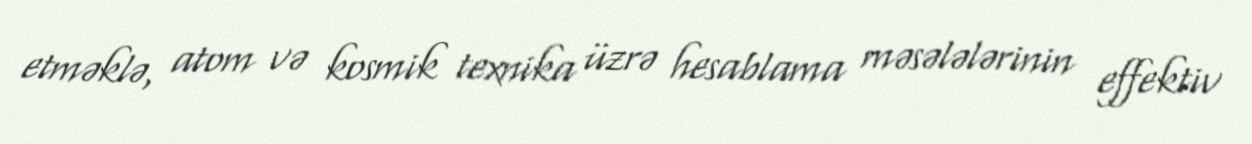
etməklə, atom və kosmik texnika üzrə hesablama məsələlərinin effektiv